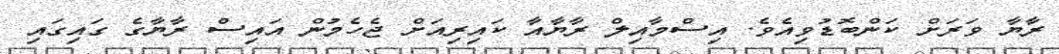
ރާޔާ ވަރަށް ކަންބޮޑުވިއެވެ. އިސްމާއިލް ރާޔާއާ ކައިރިއަށް ޖެހެމުން އައިސް ރާޔާގެ ގައިގައި